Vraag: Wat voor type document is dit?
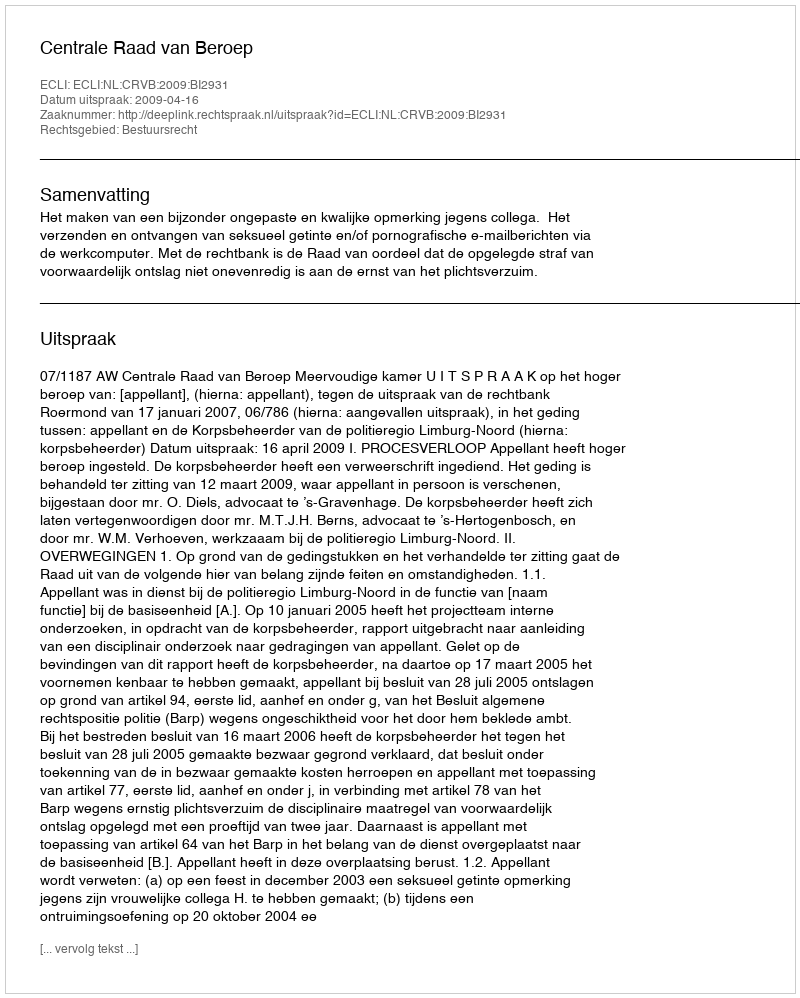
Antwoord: Uitspraak